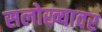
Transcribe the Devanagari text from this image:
सलोख्यावर